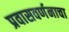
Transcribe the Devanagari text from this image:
प्रवासवर्णनाचा